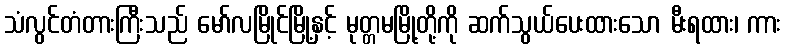
သံလွင်တံတားကြီးသည် မော်လမြိုင်မြို့နှင့် မုတ္တမမြို့တို့ကို ဆက်သွယ်ပေးထားသော မီးရထား၊ ကား